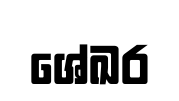
ශේඛර